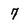
Character: 7